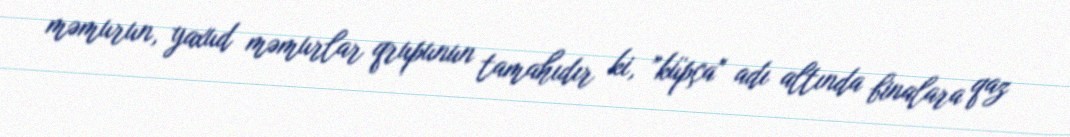
məmurun, yaxud məmurlar qrupunun tamahıdır ki, ”küpça" adı altında binalara qaz